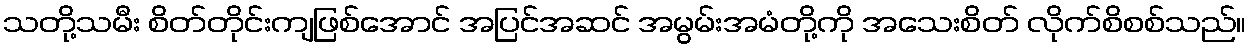
သတို့သမီး စိတ်တိုင်းကျဖြစ်အောင် အပြင်အဆင် အမွမ်းအမံတို့ကို အသေးစိတ် လိုက်စိစစ်သည်။